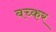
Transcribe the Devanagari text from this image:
बच्कर